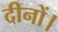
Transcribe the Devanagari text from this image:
दीनों।